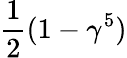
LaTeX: {\frac{1}{2}}(1-\gamma^{5})